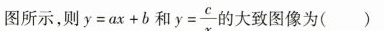
图所示，则$$y = a x + b$$和$$y = \frac{c}{x}$$ 的大致图像为( )